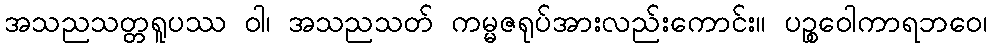
အသညသတ္တရူပဿ ဝါ၊ အသညသတ် ကမ္မဇရုပ်အားလည်းကောင်း။ ပဉ္စဝေါကာရဘဝေ၊